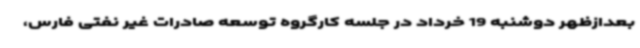
بعدازظهر دوشنبه 19 خرداد در جلسه کارگروه توسعه صادرات غیر نفتی فارس،